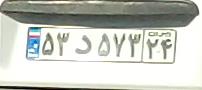
۵۳د۵۷۳۲۴